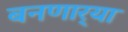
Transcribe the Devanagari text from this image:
बनणार्‍या